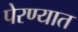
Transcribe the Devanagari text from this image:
पेरण्यात